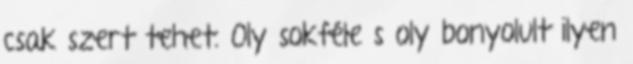
csak szert tehet. Oly sokféle s oly bonyolult ilyen